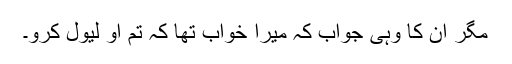
مگر ان کا وہی جواب کہ میرا خواب تھا کہ تم او لیول کرو۔